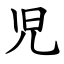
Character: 児